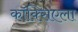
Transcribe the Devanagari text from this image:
कॉक्सिएला